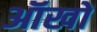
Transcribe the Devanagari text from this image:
ऑखों